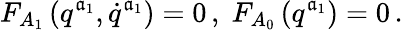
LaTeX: F_{A_{1}}\left(q^{\mathfrak{a}_{1}},\dot{{q}}^{\mathfrak{a}_{1}}\right)=0\, ,\; F_{A_{0}}\left(q^{\mathfrak{a}_{1}}\right)=0\, .